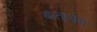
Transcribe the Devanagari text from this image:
बातायेंगे